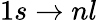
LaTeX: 1s\rightarrow nl